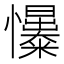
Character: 𢥟